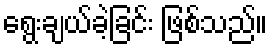
ရွေးချယ်ခဲ့ခြင်း ဖြစ်သည်။